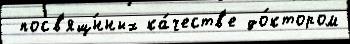
 посв'ящ́нных ка́честв'е до́ктором